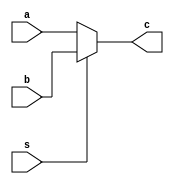
module mux2_1 (
    input a,
    input b,
    input s,
    output c
);
    
    assign c = s ? b : a;

endmodule